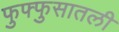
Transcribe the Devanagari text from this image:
फुफ्फुसातली